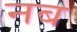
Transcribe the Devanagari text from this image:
नब